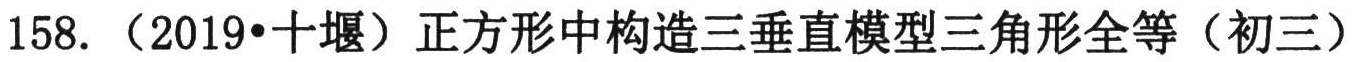
158. （2019•十堰）正方形中构造三垂直模型三角形全等（初三）